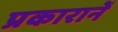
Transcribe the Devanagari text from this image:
प्रकारानें